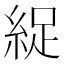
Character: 𫃥